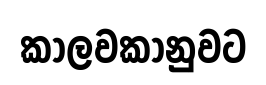
කාලවකානුවට